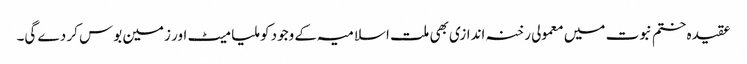
عقیدہ ختم نبوت میں معمولی رخنہ اندازی بھی ملت اسلامیہ کے وجود کو ملیا میٹ اور زمین بوس کر دے گی۔